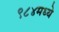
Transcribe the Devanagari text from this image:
९८४मध्ये